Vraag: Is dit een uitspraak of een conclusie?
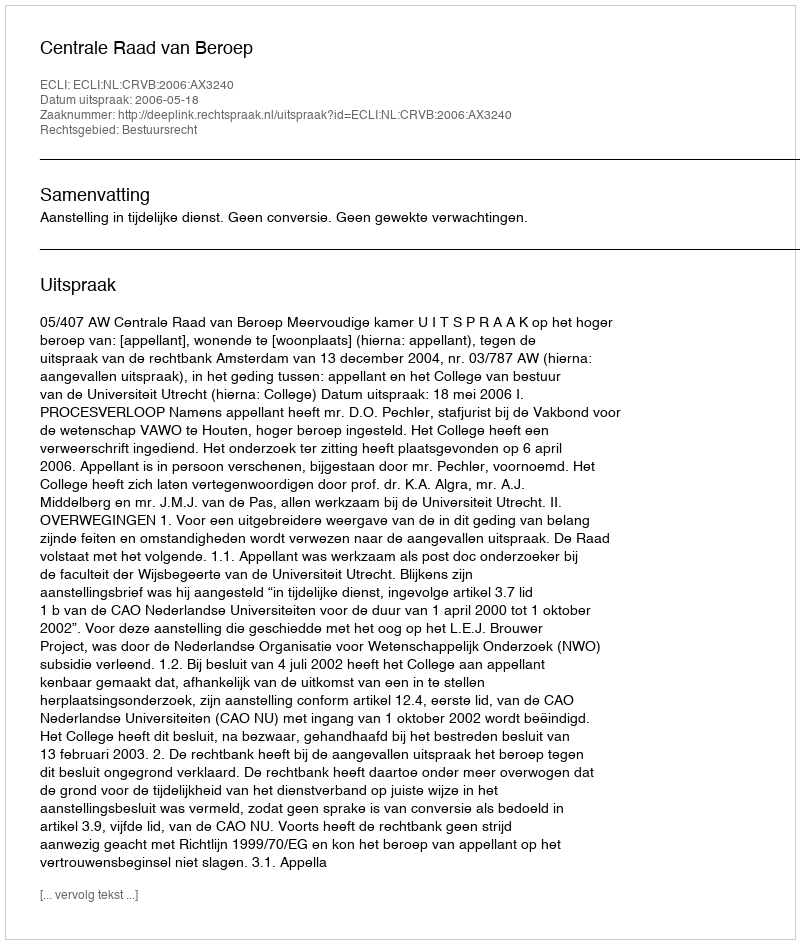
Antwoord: Uitspraak